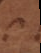
s